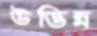
উদ্ভিন্ন